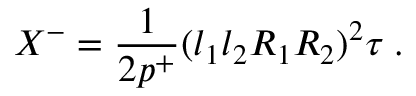
X ^ { - } = \frac { 1 } { 2 p ^ { + } } ( l _ { 1 } l _ { 2 } R _ { 1 } R _ { 2 } ) ^ { 2 } \tau \; .